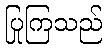
ပြုကြသည်